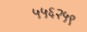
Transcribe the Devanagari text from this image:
५५६२५९